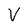
Character: V